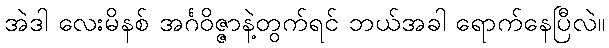
အဲဒါ လေးမိနစ် အင်္ဂဝိဇ္ဇာနဲ့တွက်ရင် ဘယ်အခါ ရောက်နေပြီလဲ။